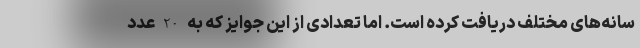
سانه‌های مختلف دریافت کرده است. اما تعدادی از این جوایز که به20عدد